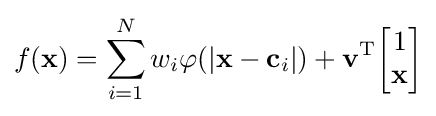
f(\mathbf {x} )=\sum _{i=1}^{N}w_{i}\varphi (|\mathbf {x} -\mathbf {c} _{i}|)+\mathbf {v} ^{\textrm {T}}{\begin{bmatrix}1\\\mathbf {x} \end{bmatrix}}